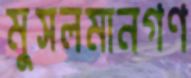
মুসলমানগণ